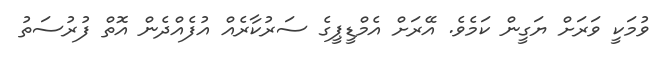
ވުމަކީ ވަރަށް ޔަގީން ކަމެވެ. އޭރަށް އެމްޑީޕީގެ ސަރުކާރެއް އުފެއްދެން އޮތް ފުރުސަތު